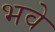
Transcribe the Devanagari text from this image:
भवे